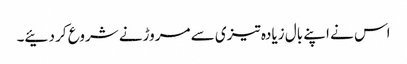
اس نے اپنے بال زیادہ تیزی سے مروڑنے شروع کر دئیے۔